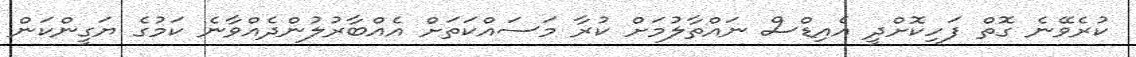
ކުރެވޭނެ ގޮތް ފަހިކޮށްދީ އެއިޑްސް ނައްތާލުމަށް ކުރާ މަސައްކަތަށް އެއްބާރުލުންދެއްވާނެ ކަމުގެ ޔަގީންކަން